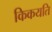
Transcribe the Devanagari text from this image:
किकयति